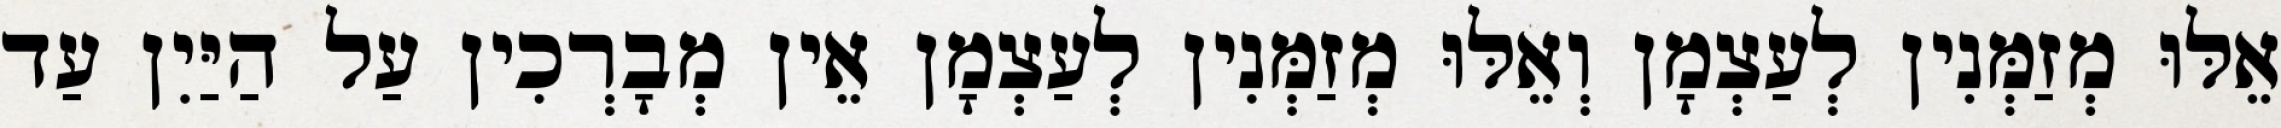
אֵלּוּ מְזַמְּנִין לְעַצְמָן וְאֵלּוּ מְזַמְּנִין לְעַצְמָן אֵין מְבָרְכִין עַל הַיַּיִן עַד